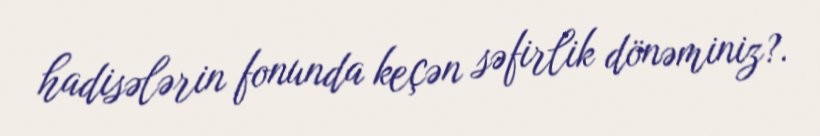
hadisələrin fonunda keçən səfirlik dönəminiz?.